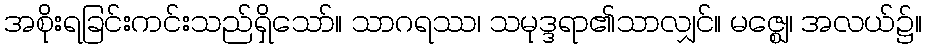
အစိုးရခြင်းကင်းသည်ရှိသော်။ သာဂရဿ၊ သမုဒ္ဒရာ၏သာလျှင်။ မဇ္ဈေ၊ အလယ်၌။